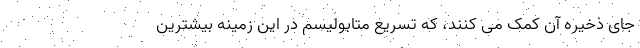
جای ذخیره آن کمک می کنند، که تسریع متابولیسم در این زمینه بیشترین